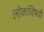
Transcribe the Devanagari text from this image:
लोकांविषयी